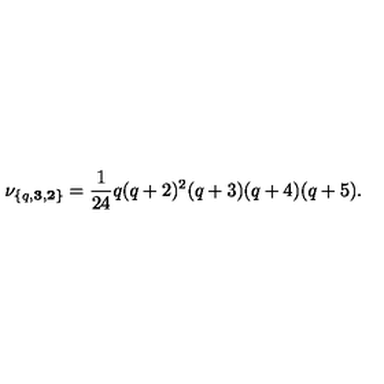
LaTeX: \nu _ { \{ q , { \bf 3 } , { \bf 2 } \} } = { \frac { 1 } { 2 4 } } q ( q + 2 ) ^ { 2 } ( q + 3 ) ( q + 4 ) ( q + 5 ) .